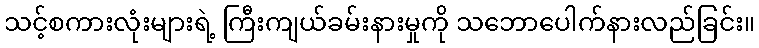
သင့်စကားလုံးများရဲ့ ကြီးကျယ်ခမ်းနားမှုကို သဘောပေါက်နားလည်ခြင်း။